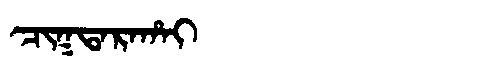
Manchu: ᠴᡳᡴᡨᠠᡵᠠᡥᠠᡳ
Romanization: CIKTARAHAI